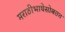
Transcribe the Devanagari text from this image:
मराठीभाषेसोबतच